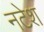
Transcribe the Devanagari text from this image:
नटेश